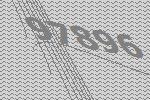
97896